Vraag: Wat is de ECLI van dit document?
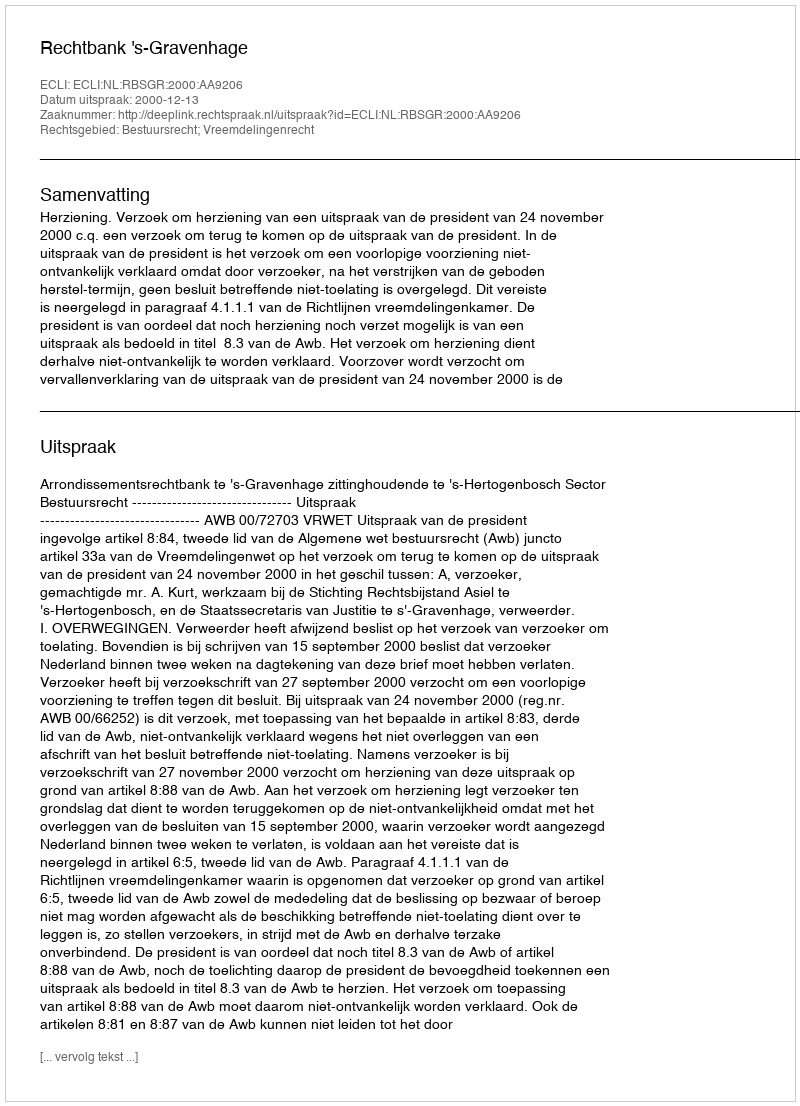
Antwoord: ECLI:NL:RBSGR:2000:AA9206